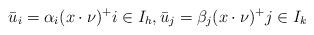
LaTeX: \begin{align*}\bar u_i=\alpha_i (x\cdot \nu)^+ i\in I_h,\bar u_j=\beta_j (x\cdot \nu)^+ j\in I_k\end{align*}